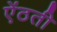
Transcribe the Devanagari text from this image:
ऐंठती